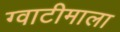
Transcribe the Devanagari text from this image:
ग्वाटीमाला